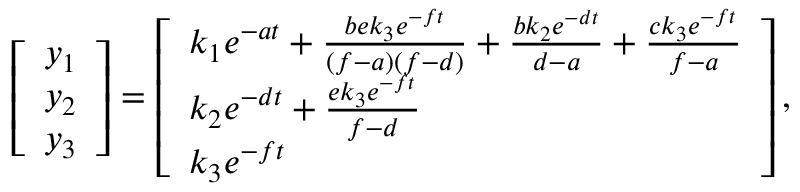
\left[ \begin{array} { l } { y _ { 1 } } \\ { y _ { 2 } } \\ { y _ { 3 } } \end{array} \right] = \left[ \begin{array} { l } { k _ { 1 } e ^ { - a t } + \frac { b e k _ { 3 } e ^ { - f t } } { ( f - a ) ( f - d ) } + \frac { b k _ { 2 } e ^ { - d t } } { d - a } + \frac { c k _ { 3 } e ^ { - f t } } { f - a } } \\ { k _ { 2 } e ^ { - d t } + \frac { e k _ { 3 } e ^ { - f t } } { f - d } } \\ { k _ { 3 } e ^ { - f t } } \end{array} \right] ,